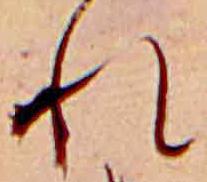
れ